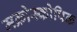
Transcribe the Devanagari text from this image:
मक्रोस्कोपिक